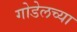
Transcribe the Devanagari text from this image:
गोडेलच्या